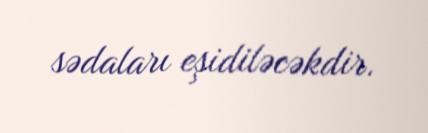
sədaları eşidiləcəkdir.